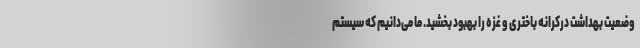
وضعیت بهداشت درکرانه باختری و غزه را بهبود بخشید. ما می‌دانیم که سیستم